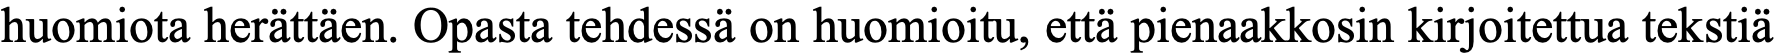
huomiota herättäen. Opasta tehdessä on huomioitu, että pienaakkosin kirjoitettua tekstiä